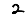
Digit: 2